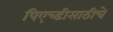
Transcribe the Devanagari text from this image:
पिएच्डीसाठीचे